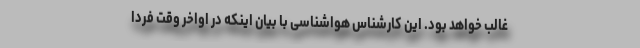
غالب خواهد بود. این کارشناس هواشناسی با بیان اینکه در اواخر وقت فردا